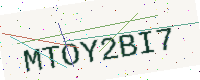
Text: MTOY2BI7